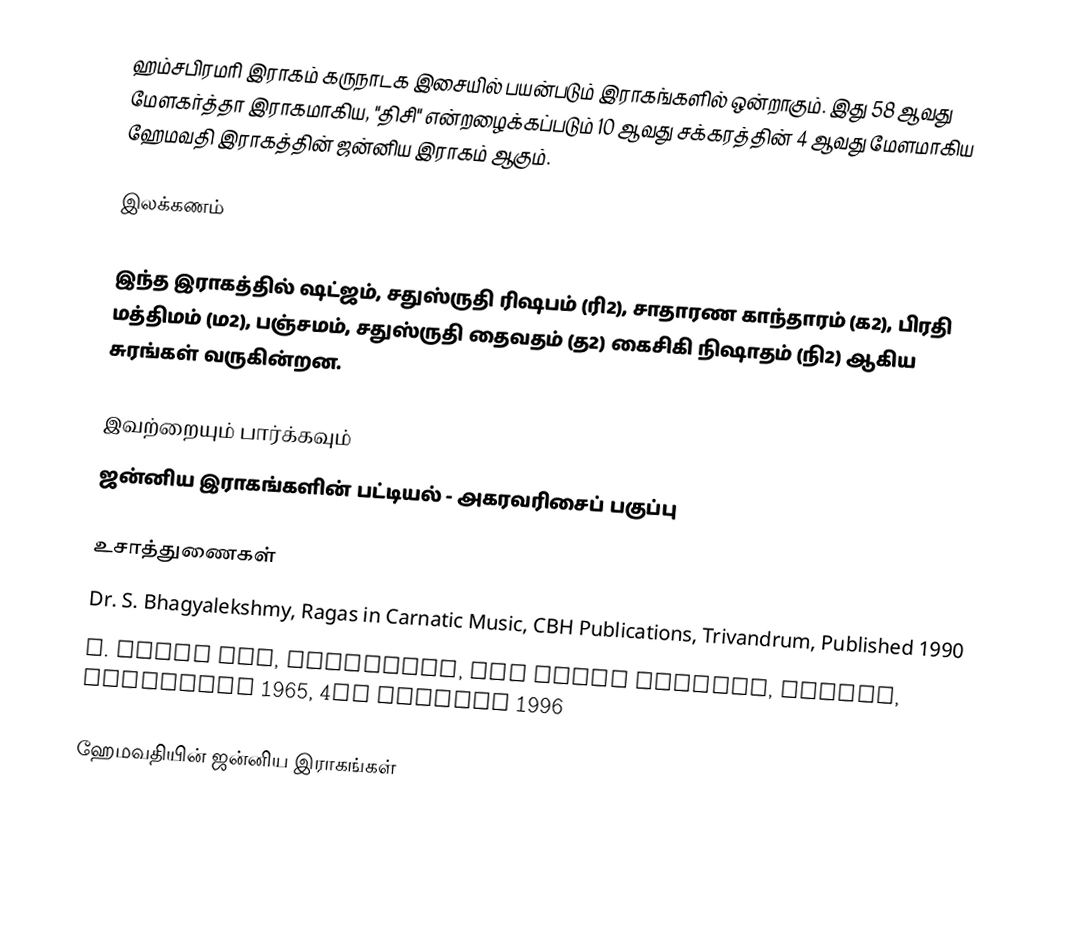
ஹம்சபிரமரி இராகம் கருநாடக இசையில் பயன்படும் இராகங்களில் ஒன்றாகும். இது 58 ஆவது மேளகர்த்தா இராகமாகிய, "திசி" என்றழைக்கப்படும் 10 ஆவது சக்கரத்தின் 4 ஆவது மேளமாகிய ஹேமவதி இராகத்தின் ஜன்னிய இராகம் ஆகும்.

இலக்கணம்

இந்த இராகத்தில் ஷட்ஜம், சதுஸ்ருதி ரிஷபம் (ரி2), சாதாரண காந்தாரம் (க2), பிரதி மத்திமம் (ம2), பஞ்சமம், சதுஸ்ருதி தைவதம் (த2) கைசிகி நிஷாதம் (நி2) ஆகிய சுரங்கள் வருகின்றன.

இவற்றையும் பார்க்கவும்
 ஜன்னிய இராகங்களின் பட்டியல் - அகரவரிசைப் பகுப்பு

உசாத்துணைகள்
 Dr. S. Bhagyalekshmy, Ragas in Carnatic Music, CBH Publications, Trivandrum, Published 1990
 B. Subba Rao, Raganidhi, The Music Academy, Madras, Published 1965, 4th reprint 1996

ஹேமவதியின் ஜன்னிய இராகங்கள்